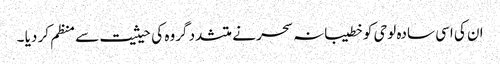
ان کی اسی سادہ لوحی کو خطیبانہ سحر نے متشدد گروہ کی حیثیت سے منظم کر دیا ۔